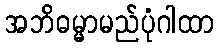
အဘိဓမ္မာမည်ပုံဂါထာ